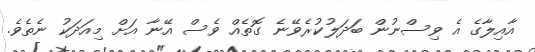
އާއިލާގެ އެ ވިސްނުން ބަދަލުކުރެވޭނެ ގޮތެއް ވެސް އޭނާ އަށް މިއަދަކު ނެތެވެ.